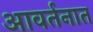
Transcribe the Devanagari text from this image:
आवर्तनात